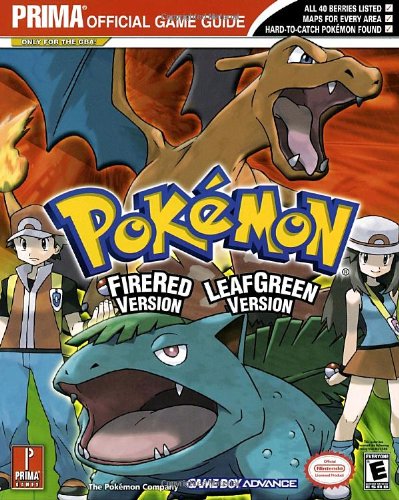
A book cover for Pokemon Fire Red & Leaf Green (Prima Official Game Guide); Eric Mylonas; Computers & Technology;